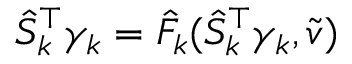
\hat { S } _ { k } ^ { \top } \gamma _ { k } = \hat { F } _ { k } ( \hat { S } _ { k } ^ { \top } \gamma _ { k } , \tilde { v } )